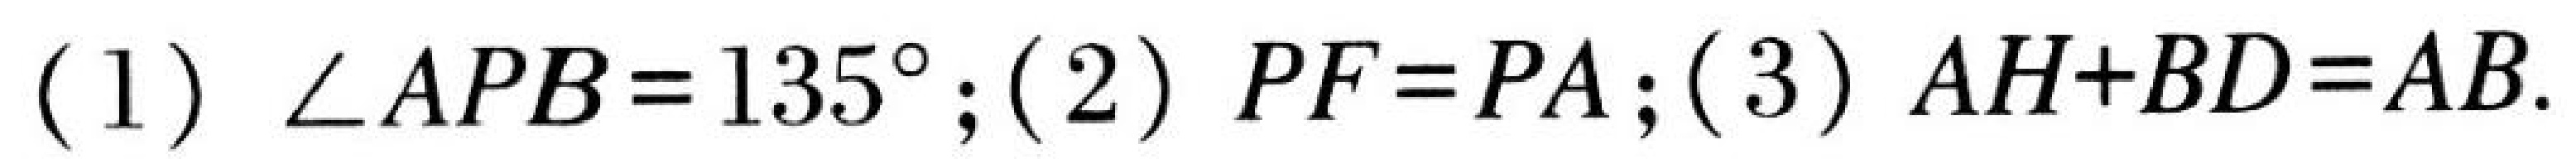
(1) \(\angle APB = 135^{\circ}\);(2) \(PF = PA\);(3) \(AH + BD = AB\).